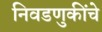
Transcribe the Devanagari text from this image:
निवडणुकींचे